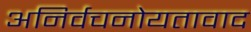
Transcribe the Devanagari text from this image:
अनिर्वचनोयतावाद